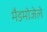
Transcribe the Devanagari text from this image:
मैडमोजेले